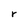
Character: r